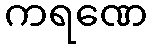
ကရဏေ